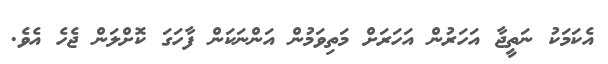
އެކަމަކު ނަތީޖާ އަހަރުން އަހަރަށް މަތިވަމުން އަންނަކަން ފާހަގަ ކޮށްލަން ޖެހެ އެވެ.